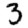
Digit: 3